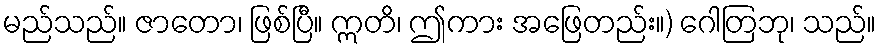
မည်သည်။ ဇာတော၊ ဖြစ်ပြီ။ ဣတိ၊ ဤကား အဖြေတည်း။) ဂေါတြဘု၊ သည်။